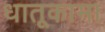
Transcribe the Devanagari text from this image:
धातूकामा